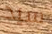
سيد